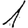
Digit: 1